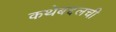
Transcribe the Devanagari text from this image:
कथेबद्दलची